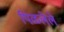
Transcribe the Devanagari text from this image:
पिळलेले